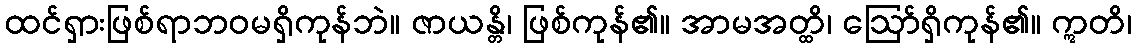
ထင်ရှားဖြစ်ရာဘဝမရှိကုန်ဘဲ။ ဇာယန္တိ၊ ဖြစ်ကုန်၏။ အာမအတ္ထိ၊ ဩော်ရှိကုန်၏။ ဣတိ၊